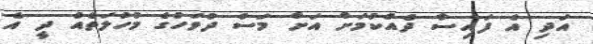
އަދި އެ ފައިސާ ދެއްކުމަށް އަށް މަސް ދުވަހުގެ މުހުލަތެއް ދީ އެ